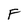
Character: F